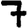
Digit: 7